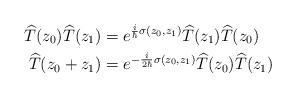
LaTeX: \begin{align*}\widehat{T}(z_{0})\widehat{T}(z_{1}) & =e^{\frac{i}{\hbar}\sigma(z_{0},z_{1})}\widehat{T}(z_{1})\widehat{T}(z_{0})\\\widehat{T}(z_{0}+z_{1}) & =e^{-\frac{i}{2\hbar}\sigma(z_{0},z_{1})}\widehat{T}(z_{0})\widehat{T}(z_{1}) \end{align*}